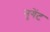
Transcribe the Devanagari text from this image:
नुगेंट